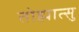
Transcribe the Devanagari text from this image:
तोह्मात्सु